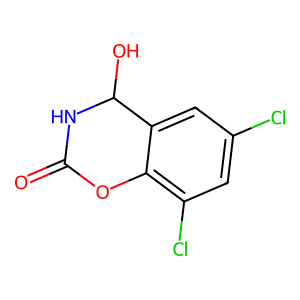
SMILES: O=C1NC(O)c2cc(Cl)cc(Cl)c2O1
Inhibits HIV replication: No